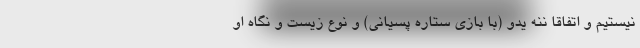
نیستیم و اتفاقا ننه یدو (با بازی ستاره پسیانی) و نوع زیست و نگاه او